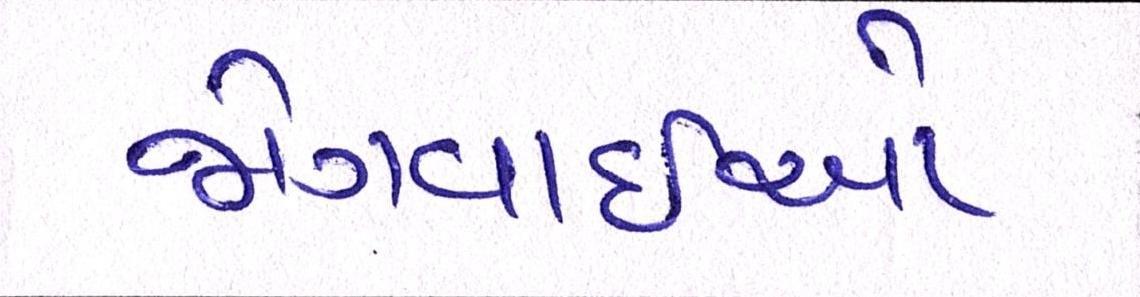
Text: જોગવાઇઓ